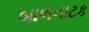
બાળનાટક